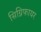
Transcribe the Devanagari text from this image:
सिग्निफायर